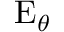
\operatorname { E } _ { \theta }